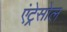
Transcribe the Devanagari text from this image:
एंट्रेसोल